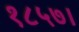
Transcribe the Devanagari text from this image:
१८५७।